Vaccine operations Central Provinces 1868-1885 - 1868-1885
Year: 1868
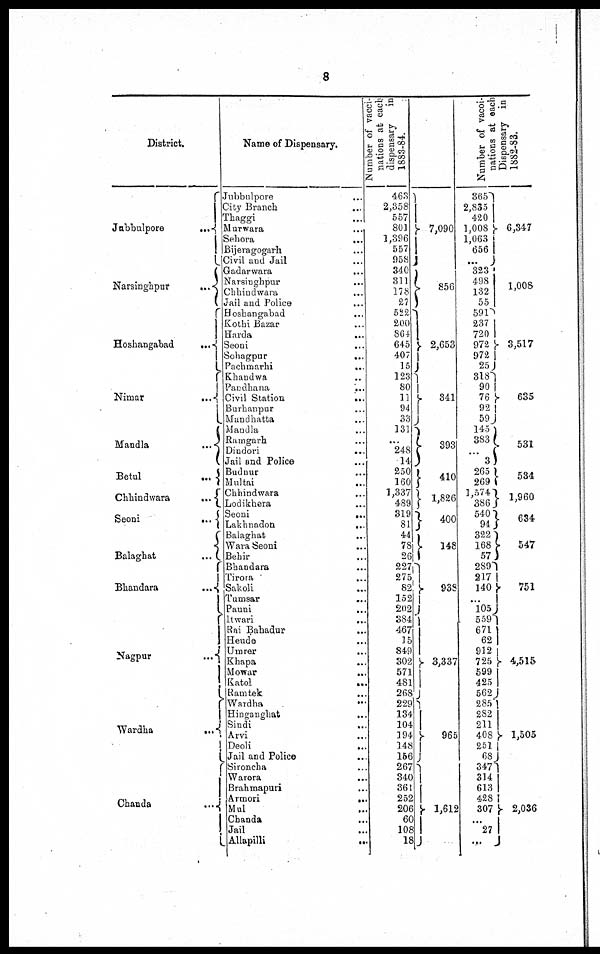
8
District.
Jubbulpore
...
Narsinghpur
...
Hoshangabad
...
Nimar
...
Mandla
...
Betul
...
Chhindwara
...
Seoni
...
Balaghat
...
Bhandara
...
Nagpur
...
Wardha
...
Chanda
...
Name of Dispensary.
Jubbulpore ...
City Branch ...
Thaggi ...
Murwara ...
Sehora
...
Bijeragogarh ...
Civil and Jail ...
Gadarwara
...
Narsinghpur
...
Chhindwara ...
Jail and Police ...
Hoshangabad
...
Kothi Bazar ...
Harda
...
Seoni ...
Sohagpur
...
Pachmarhi
...
Khandwa
...
Pandhana
...
Civil Station
...
Burhanpur ...
Mandhatta ...
Mandla ...
Ramgarh ...
Dindori
...
Jail and Police ...
Budnur ...
Multai
...
Chhindwara ...
Lodikhera ...
Seoni
...
Lakhnadon
...
Balaghat
...
Wara Seoni ...
Behir ...
Bhandara ...
Tirora
...
Sakoli ...
Tumsar ...
Pauni ...
Itwari
...
Rai Bahadur ...
Heude ...
Umrer ...
Khapa ...
Mowar
...
Katol
...
Ramtek ...
Wardha
...
Hinganghat ...
Sindi
...
Arvi ...
Deoli
...
Jail and Police ...
Sironcha ...
Warora ...
Brahmapuri ...
Armori
...
Mul ...
Chanda
...
Jail
...
Allapilli ...
Number of vacci-
nations at each
dispensary in
1883-84.
463
2,358
557
801
1,396
557
958
340
311
178
27
522
200
864
645
407
15
123
80
11
94
33
131
...
248
14
250
160
1,337
489
319
81
44
78
26
227
275
82
152
202
384
467
15
849
302
571
481
268
229
134
104
194
148
156
267
340
361
252
206
60
108
18
7,090
856
2,653
341
393
410
1,826
400
148
938
1,337
965
1,612
Number of vacci¬
nations at each
Dispensary in
1882-83.
365
2,835
420
1,008
1,063
656
...
323
498
132
55
591
237
720
972
972
25
318
90
76
92
59
145
383
...
3
265
269
1,574
386
540
94
322
168
57
289
217
140
...
105
559
671
62
912
725
599
425
562
285
282
211
408
251
68
347
314
613
428
307
...
27
...
6,347
1,008
3,517
635
531
534
1,960
634
547
751
4,515
1,505
2,036